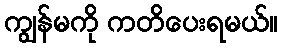
ကျွန်မကို ကတိပေးရမယ်။